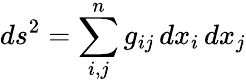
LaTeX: ds^{2}=\sum_{i,j}^{n}g_{ij}\, dx_{i}\, dx_{j}